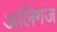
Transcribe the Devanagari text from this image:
अलिगंज